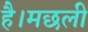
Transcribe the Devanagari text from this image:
है।मछली